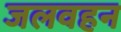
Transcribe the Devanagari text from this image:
जलवहन